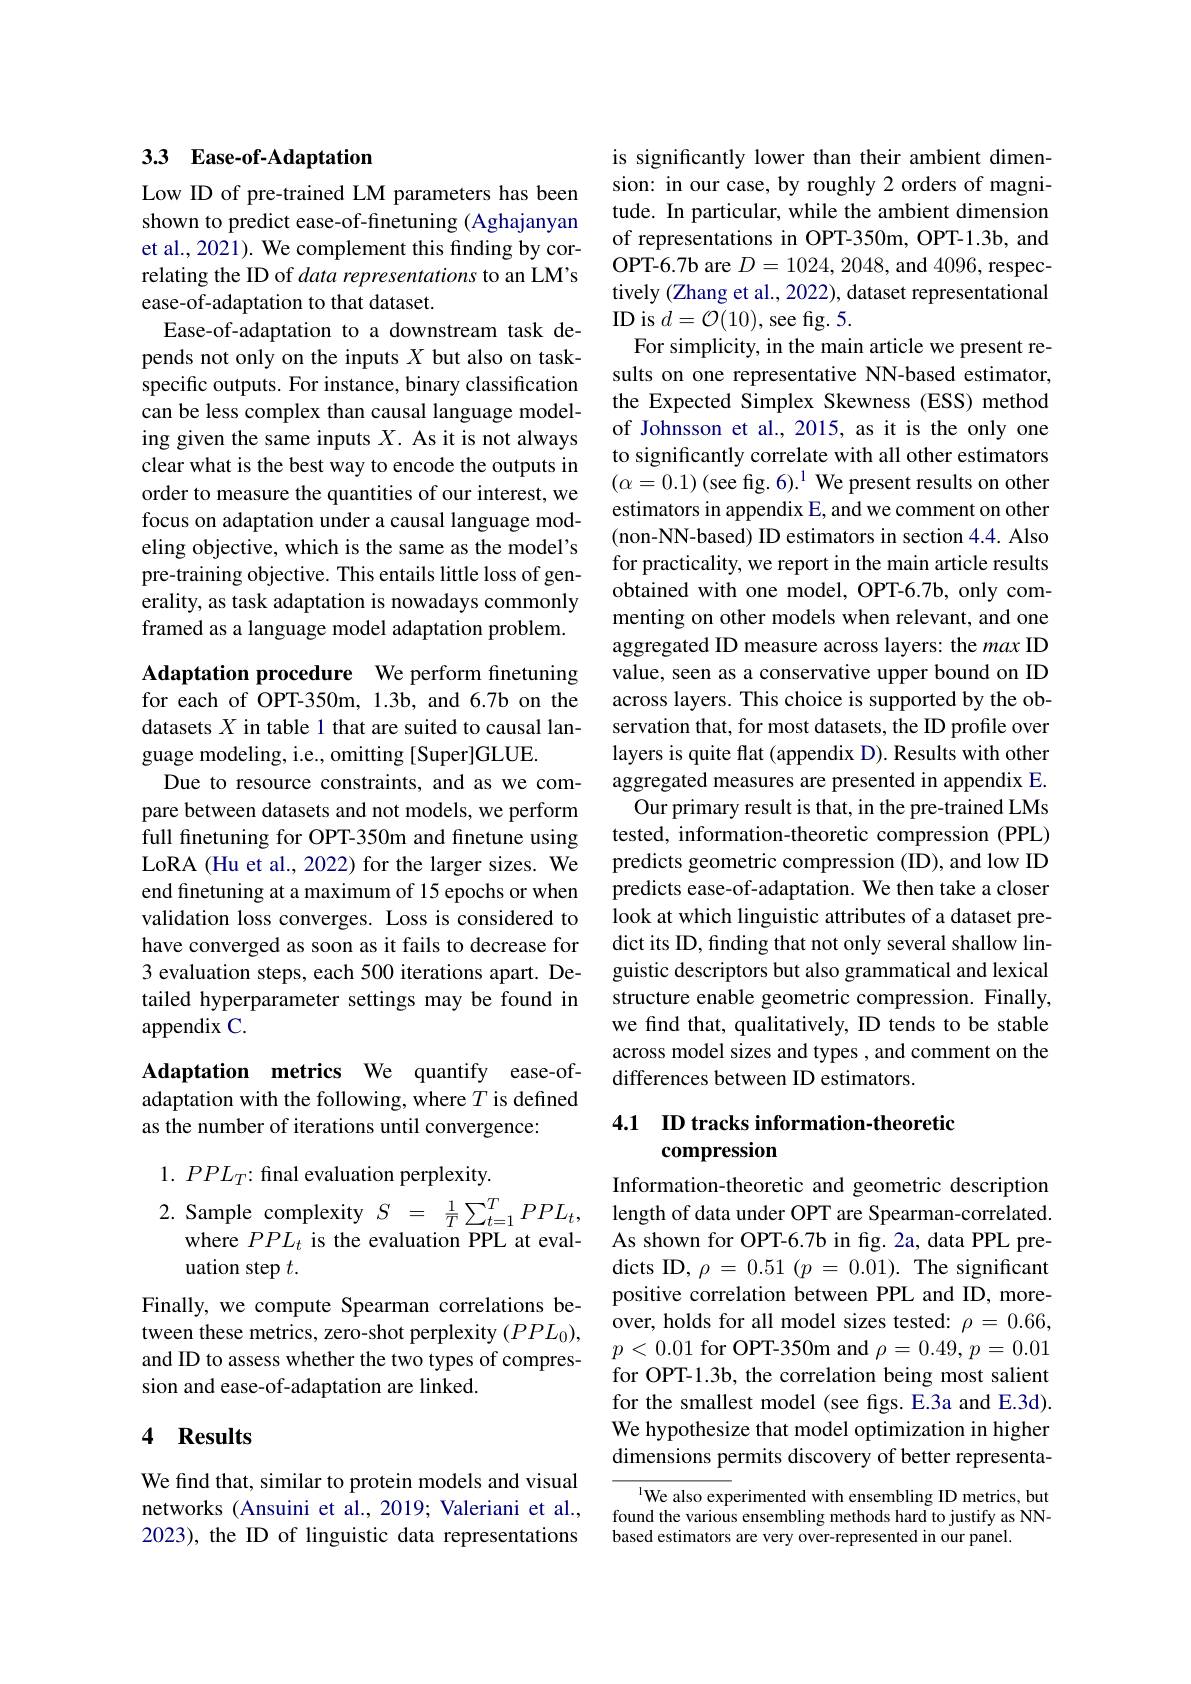
## 33 Ease-of-Adaptation

Low ID of pre-trained LM parameters has been shown to predict ease-of-finetuning (Aghajanyan et al., 2021). We complement this finding by correlating the ID of data representations to an LM's ease-of-adaptation to that dataset.
Ease-of-adaptation to a downstream task depends not only on the inputs $X$ but also on taskspecific outputs. For instance, binary classification can be less complex than causal language modeling given the same inputs $X.$ As it is not always clear what is the best way to encode the outputs in order to measure the quantities of our interest, we focus on adaptation under a causal language modeling objective, which is the same as the model's pre-training objective. This entails little loss of generality, as task adaptation is nowadays commonly framed as a language model adaptation problem.

Adaptation procedure We perform finetuning for each of OPT-350m, 1.3b, and 6.7b on the datasets $X$ in table 1 that are suited to causal language modeling, i.e., omitting [Super]GLUE.
Due to resource constraints, and as we compare between datasets and not models, we perform full finetuning for OPT-350m and finetune using LoRA (Hu et al., 2022) for the larger sizes. We end finetuning at a maximum of 15 epochs or when validation loss converges. Loss is considered to have converged as soon as it fails to decrease for 3 evaluation steps, each 500 iterations apart. Detailed hyperparameter settings may be found in appendix C.

Adaptation metrics We quantify ease-ofadaptation with the following, where $T$ is defined as the number of iterations until convergence:

$1.~PPL_T{:}$ final evaluation perplexity.
2. Sample complexity $S$ = $\frac 1T\sum _{t= 1}^TPPL_t$, length of data under OPT are Spearman-correlated.

where $PPL_t$ is the evaluation PPL at eval-
uation step $t.$
Finally, we compute Spearman correlations between these metrics, zero-shot perplexity $(PPL_0)$, and ID to assess whether the two types of compression and ease-of-adaptation are linked.

## 4 Results

We find that, similar to protein models and visual networks (Ansuini et al., 2019; Valeriani et al., 2023), the ID of linguistic data representations

is significantly lower than their ambient dimension: in our case, by roughly 2 orders of magnitude. In particular, while the ambient dimension of representations in OPT-350m, OPT-1.3b, and $\dot{\mathrm{OPT-6.7b~are~}D}=1024,2048$,and 4096, respectively (Zhang et al., 2022), dataset representational ${\mathrm{ID~is~}}d={\mathcal O}(10),{\mathrm{see~fig.~5.}}$
For simplicity, in the main article we present results on one representative NN-based estimator, the Expected Simplex Skewness (ESS) method of Johnsson et al., 2015, as it is the only one to significantly correlate with all other estimators $(\alpha=0.1)\text{(see fig.6).}^{1}$ We present results on other estimators in appendix E, and we comment on other (non-NN-based) ID estimators in section 4.4. Also for practicality, we report in the main article results obtained with one model, OPT-6.7b, only commenting on other models when relevant, and one aggregated ID measure across layers: the max ID value, seen as a conservative upper bound on ID across layers. This choice is supported by the observation that, for most datasets, the ID profile over layers is quite flat (appendix D). Results with other aggregated measures are presented in appendix E.
Our primary result is that, in the pre-trained LMs tested, information-theoretic compression (PPL) predicts geometric compression (ID), and low ID predicts ease-of-adaptation. We then take a closer look at which linguistic attributes of a dataset predict its ID, finding that not only several shallow linguistic descriptors but also grammatical and lexical structure enable geometric compression. Finally, we find that, qualitatively, ID tends to be stable across model sizes and types , and comment on the differences between ID estimators.

## 4.1 ID tracks information-theoretic compression

Information-theoretic and geometric description As shown for OPT-6.7b in fig. 2a, data PPL predicts ID, $\rho=0.51\pmod{p=0.01}.$ The significant positive correlation between PPL and ID, moreover, holds for all model sizes tested: $\rho=0.66$, $p<0.01$ for OPT-350m and $\rho=0.49,p=0.01$ for OPT-1.3b, the correlation being most salient for the smallest model (see figs. E.3a and E.3d). We hypothesize that model optimization in higher dimensions permits discovery of better representa-

$^{1}$We also experimented with ensembling ID metrics, but found the various ensembling methods hard to justify as NNbased estimators are very over-represented in our panel.